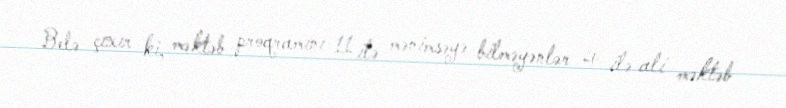
Belə çıxır ki, məktəb proqramını 11 ilə mənimsəyə bilməyənlər 4 ilə ali məktəb